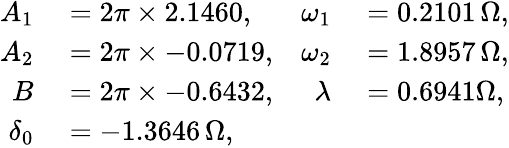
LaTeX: \begin{array}{rlrl}{A_{1}}&{{}=2\pi\times 2.1460,}&{\omega_{1}}&{{}=0.2101\, \Omega,}\\ {A_{2}}&{{}=2\pi\times-0.0719,}&{\omega_{2}}&{{}=1.8957\, \Omega,}\\ {B}&{{}=2\pi\times-0.6432,}&{\lambda}&{{}=0.6941\Omega,}\\ {\delta_{0}}&{{}=-1.3646\, \Omega,}\end{array}